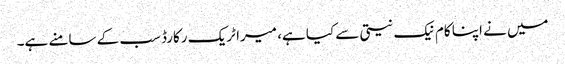
میں نے اپنا کام نیک نیتی سے کیا ہے، میرا ٹریک رکارڈ سب کے سامنے ہے۔